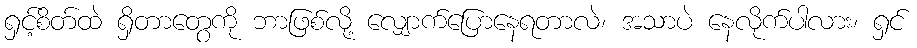
ရှင့်စိတ်ထဲ ရှိတာတွေကို ဘာဖြစ်လို့ လျှောက်ပြောနေရတာလဲ၊ အသာပဲ နေလိုက်ပါလား၊ ရှင်